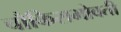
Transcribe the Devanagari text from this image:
चौकिसभोवती